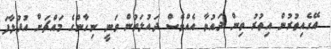
އޭގެއިތުރުން އިތުރު ތިން ދައުވާ އެއްވެސް ދައުލަތުން ވަނީ ނިހާންގެ މައްޗަށް އުފުލާފަ